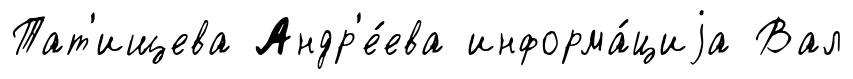
Тат'ищева Андр'е́ева информа́циjа Вал